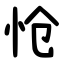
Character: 怆